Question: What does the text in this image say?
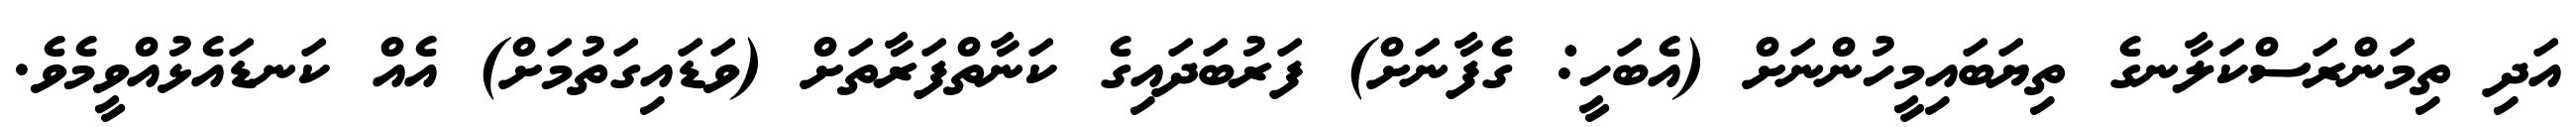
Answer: އަދި ތިމަންރަސްކަލާނގެ ތިޔަބައިމީހުންނަށް (އެބަހީ: ގެފާނަށް) ފަރުބަދައިގެ ކަނާތްފަރާތަށް (ވަޑައިގަތުމަށް) އެއް ކަނޑައެޅުއްވީމެވެ.